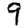
Digit: 9